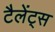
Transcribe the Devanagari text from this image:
टैलेंट्स